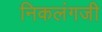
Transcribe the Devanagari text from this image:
निकलंगजी